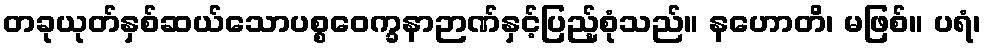
တခုယုတ်နှစ်ဆယ်သောပစ္စဝေက္ခနာဉာဏ်နှင့်ပြည့်စုံသည်။ နဟောတိ၊ မဖြစ်။ ပရံ၊